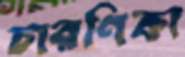
চারণিকা